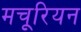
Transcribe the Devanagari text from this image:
मचूरियन